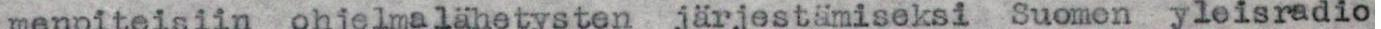
menpiteisiin ohjelmalähetysten järjestämiseksi Suomen yleisradio